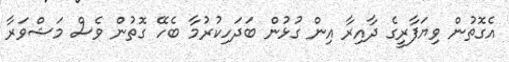
އެގޮތުން ވިޔަފާރީގެ ދާއިރާ އިން ގުޅުން ބަދަހިކުރުމާ ބެހޭ ގޮތުން ވެސް މަޝްވަރާ